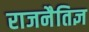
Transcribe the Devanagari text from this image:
राजनैतिज्ञ